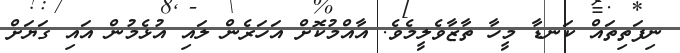
ނިފަތިތައް ކަނޑާ މީހާ ތާޒާވެލީމެވެ. އާއްމުކޮށް އަހަރެން ލައި އުޅެމުން އައި ގަޔަށް